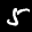
Label: 5